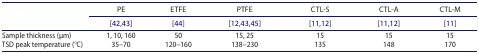
| <ROWSPAN=2>  | PE | ETFE | PTFE | CTL-S | CTL-A | CTL-M |
 | [42,43] | [44] | [12,43,45] | [11,12] | [11,12] | [11] |
 | --- | --- | --- | --- | --- | --- | --- |
 | Sample thickness (μm) | 1, 10, 160 | 50 | 15, 25 | 15 | 15 | 15 |
 | TSD peak temperature (°C) | 35–70 | 120–160 | 138–230 | 135 | 148 | 170 |